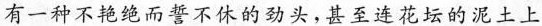
有一种不艳绝而誓不休的尽头，甚至连花坛的泥土上